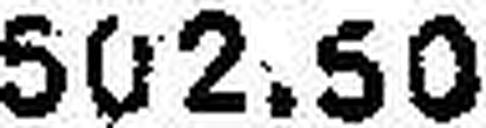
502.50